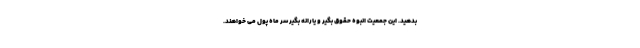
بدهید. این جمعیت انبوه حقوق بگیر و یارانه بگیر سر ماه پول می خواهند.